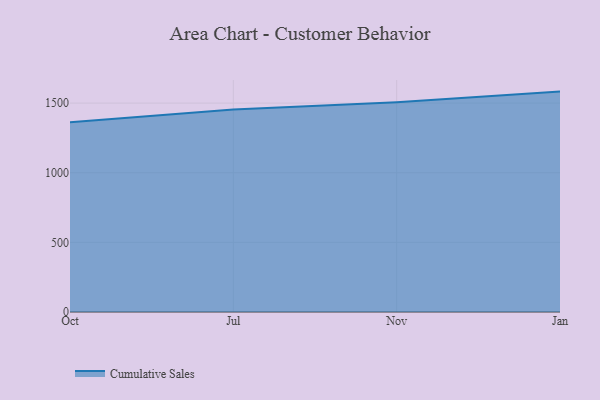
{"axis": {"x": "Month", "y": "Inventory Turnover"}, "legend": ["Cumulative Sales"], "data": [{"x": "Oct", "y": 1363.0, "type": "Cumulative Sales"}, {"x": "Jul", "y": 1453.6, "type": "Cumulative Sales"}, {"x": "Nov", "y": 1505.6, "type": "Cumulative Sales"}, {"x": "Jan", "y": 1582.7, "type": "Cumulative Sales"}]}